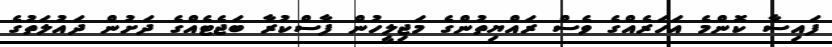
ފައިސާ ކޮންމެ އަހަރެއްގެ ވެސް ރައްޔިތުންގެ މަޖިލީހުން ފާސްކުރާ ބަޖެޓެއްގެ ދަށުން ދައުލަތުގެ